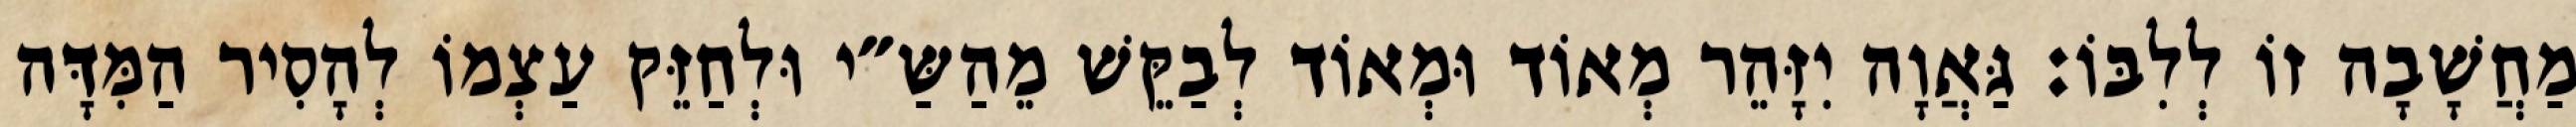
מַחֲשָׁבָה זוֹ לְלִבּוֹ: גַּאֲוָה יִזָּהֵר מְאוֹד וּמְאוֹד לְבַקֵּשׁ מֵהַשַּ״י וּלְחַזֵּק עַצְמוֹ לְהָסִיר הַמִּדָּה